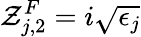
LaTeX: \mathcal{Z}_{j,2}^{F}=i\sqrt{\epsilon_{j}}